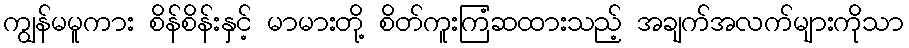
ကျွန်မမူကား စိန်စိန်းနှင့် မာမားတို့ စိတ်ကူးကြံဆထားသည့် အချက်အလက်များကိုသာ